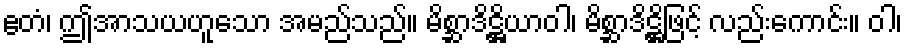
ဧတံ၊ ဤအာသယဟူသော အမည်သည်။ မိစ္ဆာဒိဋ္ဌိယာဝါ၊ မိစ္ဆာဒိဋ္ဌိဖြင့် လည်းကောင်း။ ဝါ၊